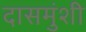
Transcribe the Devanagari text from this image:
दासमुंशी